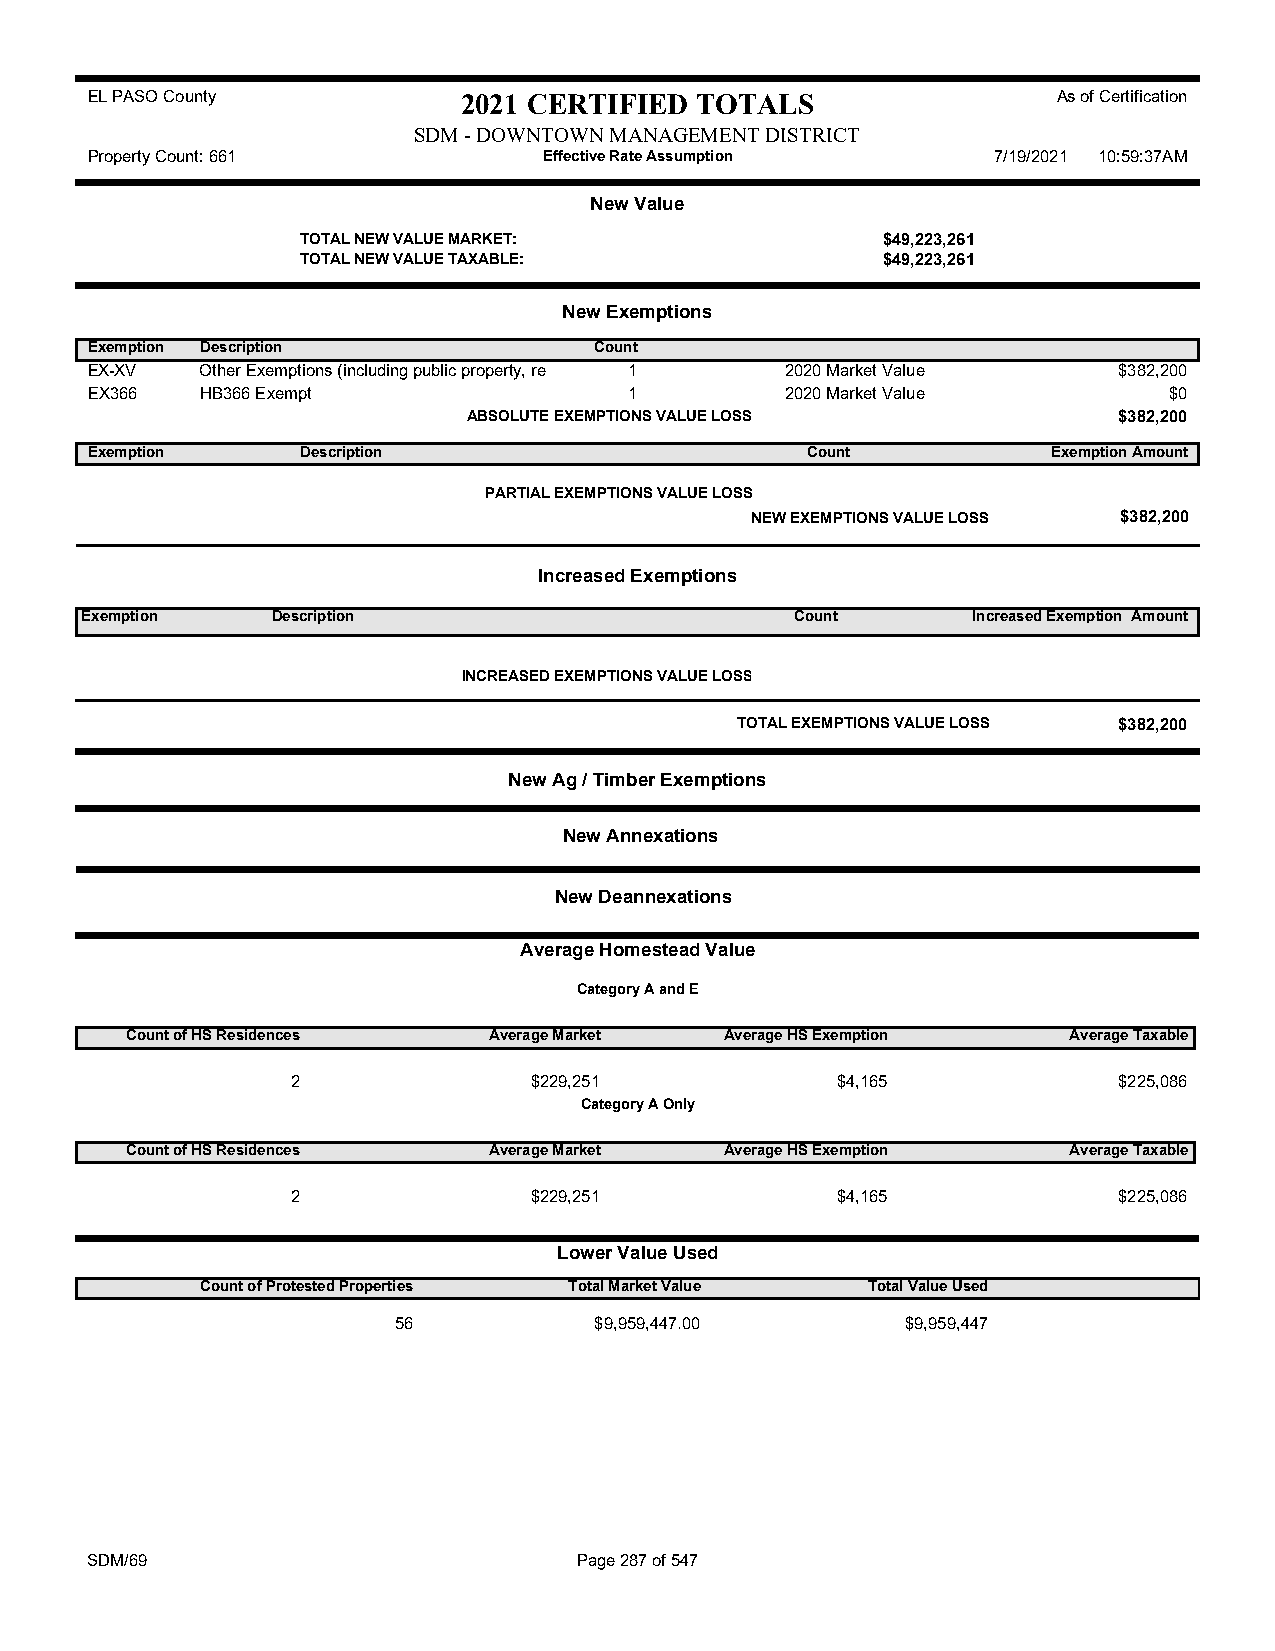
EL PASO County           2021 CERTIFIED TOTALS                  As of Certification
 SDM - DOWNTOWN MANAGEMENT DISTRICT
 Property Count: 661           Effective Rate Assumption     7/19/2021 10:59:37AM
 New Value
 TOTAL NEW VALUE MARKET:               $49,223,261
 TOTAL NEW VALUE TAXABLE:              $49,223,261
 New Exemptions
 Exemption Description            Count
 EX-XV  Other Exemptions (including public property, re 1 2020 Market Value $382,200
 EX366  HB366 Exempt                 1         2020 Market Value        $0
 ABSOLUTE EXEMPTIONS VALUE LOSS             $382,200
 Exemption     Description                      Count            Exemption Amount
 PARTIAL EXEMPTIONS VALUE LOSS
 NEW EXEMPTIONS VALUE LOSS $382,200
 Increased Exemptions
 Exemption    Description                        Count      Increased Exemption Amount
 INCREASED EXEMPTIONS VALUE LOSS
 TOTAL EXEMPTIONS VALUE LOSS $382,200
 New Ag / Timber Exemptions
 New Annexations
 New Deannexations
 Average Homestead Value
 Category A and E
 Count of HS Residences  Average Market  Average HS Exemption   Average Taxable
 2               $229,251            $4,165             $225,086
 Category A Only
 Count of HS Residences  Average Market  Average HS Exemption   Average Taxable
 2               $229,251            $4,165             $225,086
 Lower Value Used
 Count of Protested Properties Total Market Value Total Value Used
 56           $9,959,447.00        $9,959,447
 SDM/69                          Page 287 of 547